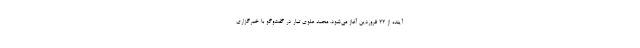
آینده از ۲۲ فروردین آغاز می‌شود. محمد علوی تبار در گفت‌وگو با خبرگزاری